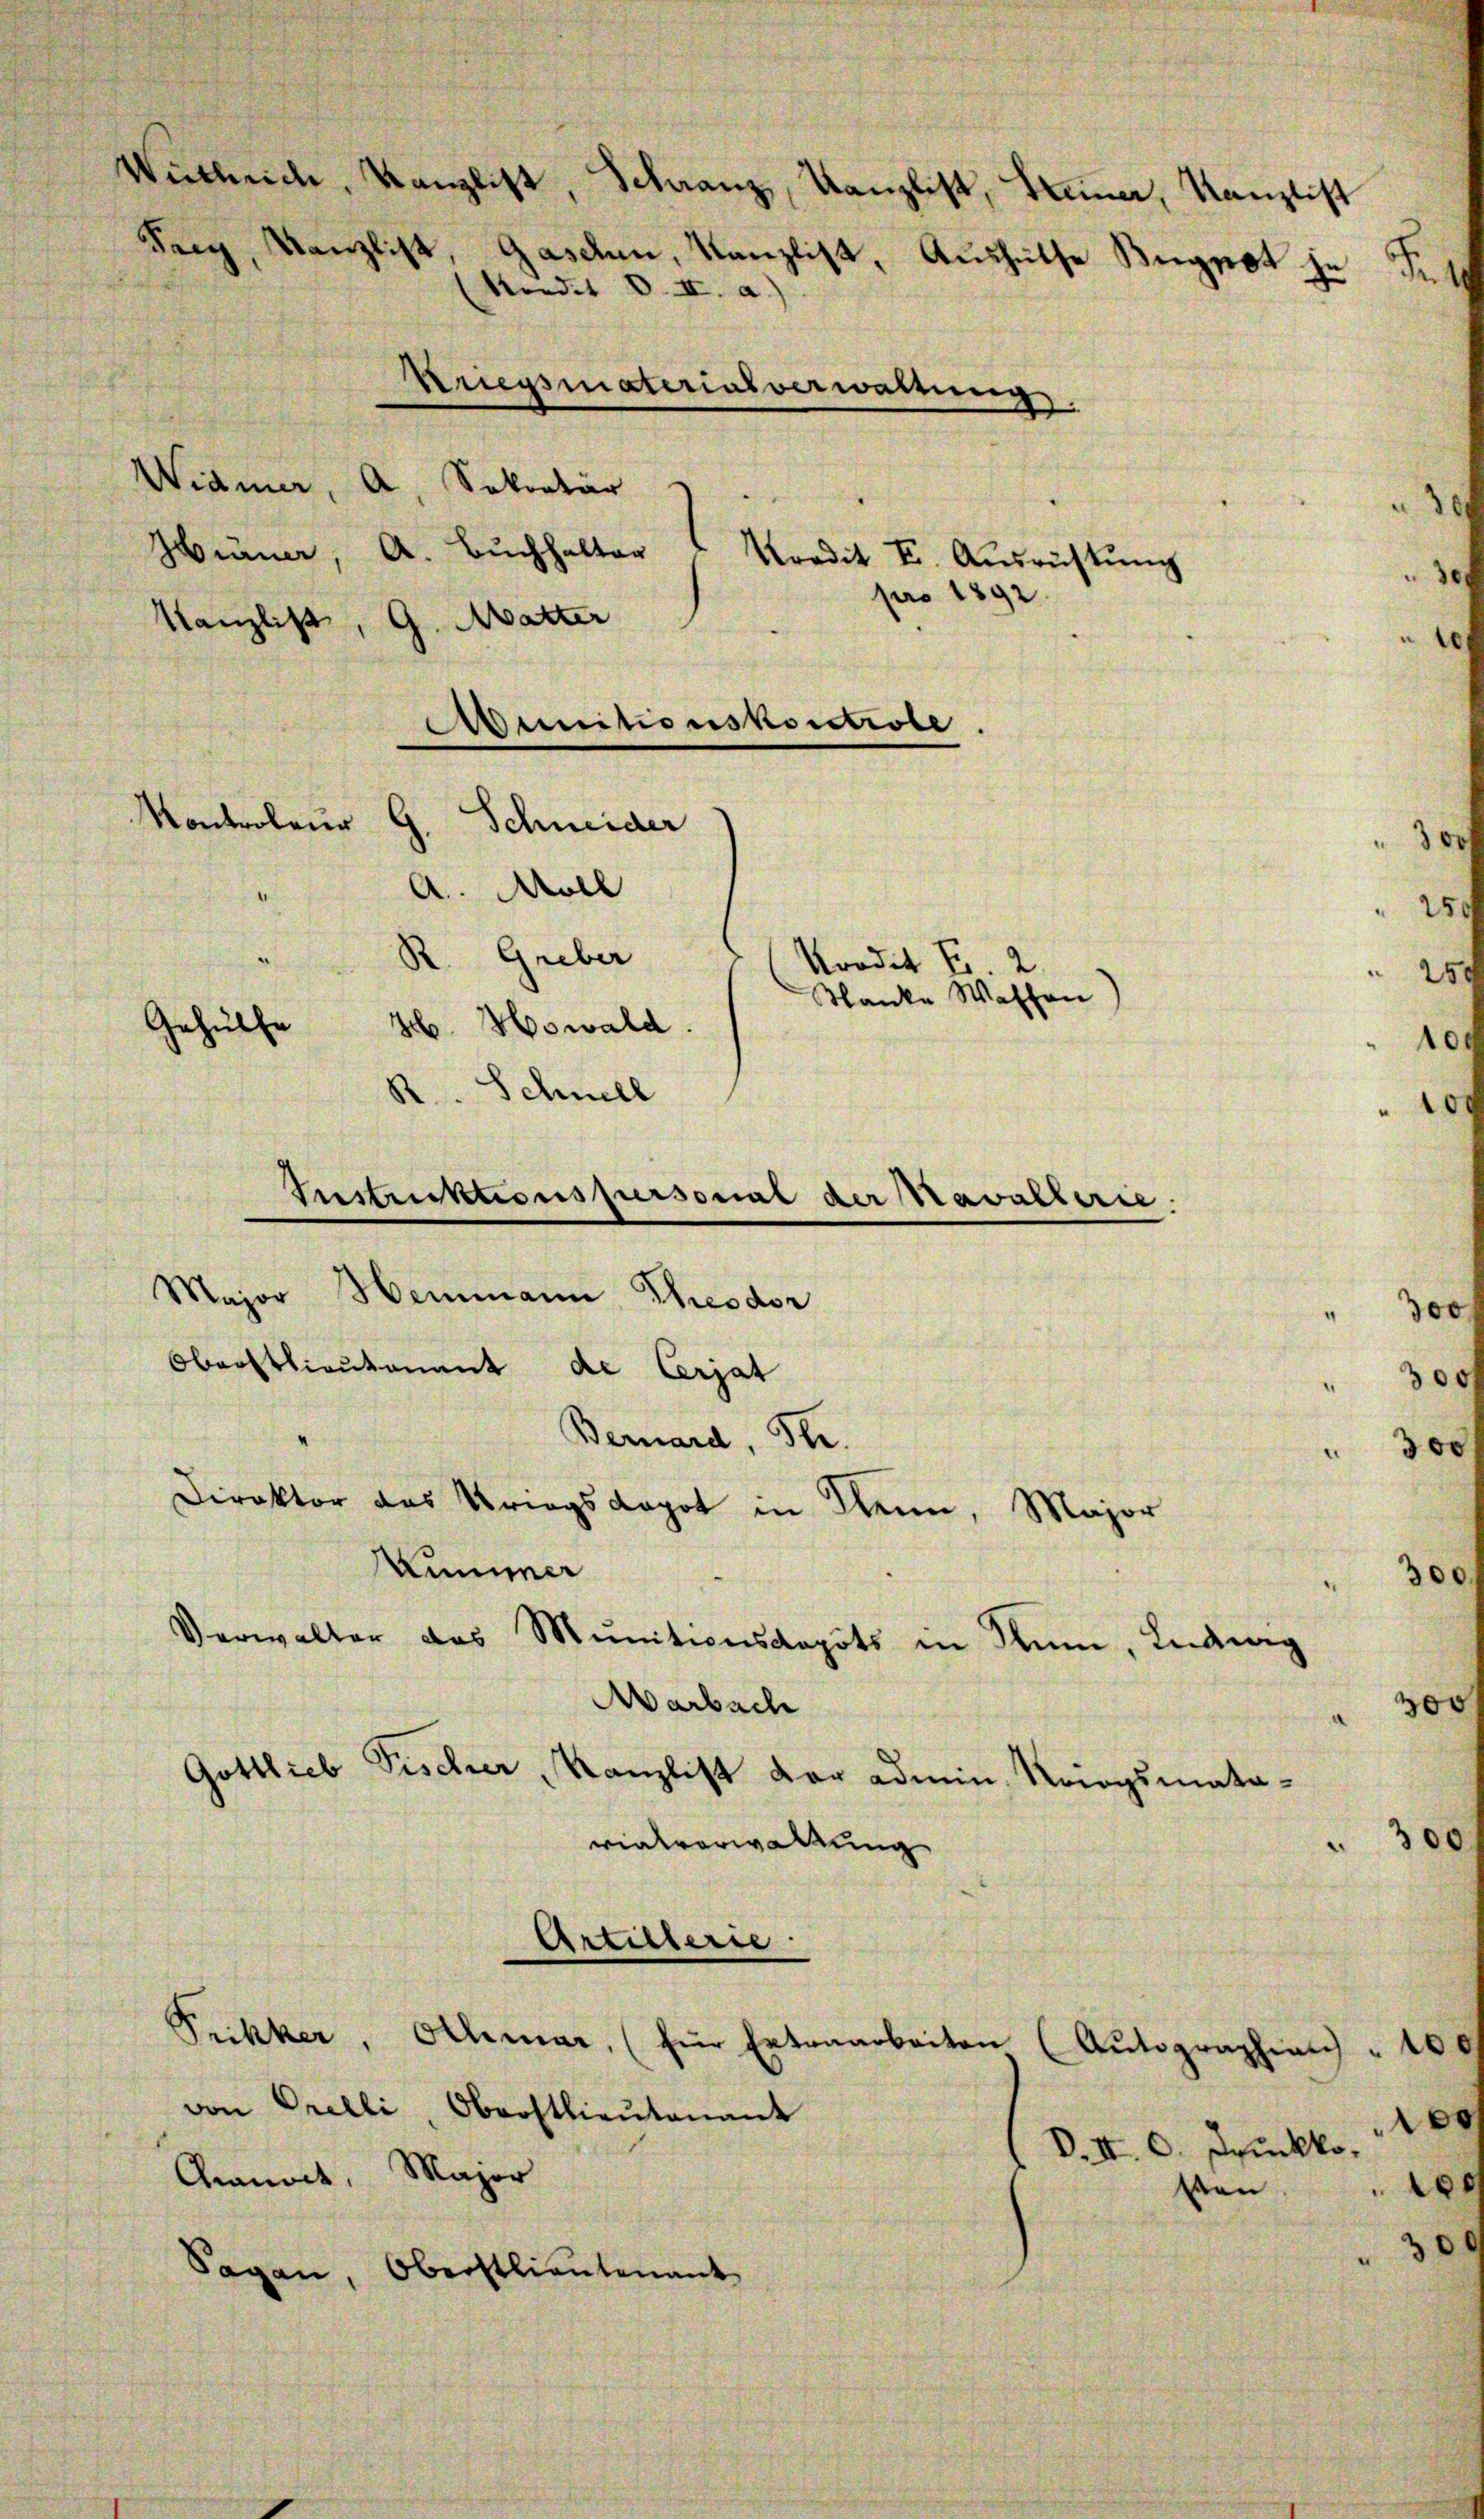
Frey, Kanzlist
Kondit d. II. a.

Kontroleur

Kriegsmateriasverwaltung.
Widmer
A
Sekretär
Hüner, A. Bŭchhalter "Predit I. Aŭsrichtŭng
pro 1892.
Kanzlist
G. Matter
Munitionskontrole.

)
Schneider
H. Howald.
R. Schnell
Major Heimann Theodor
Oberstlieutenant de Cerjat
Bernard, St.
Direktor des Kriegsdopot in Wenn, Major
Nummer
Verwalter das Munitionsdepots in Rum, Ludwig
Marbach
Gottlieb Fischer, Kanzlist dar admin, Kriegsmata-
vialverwaltung
Artillerie
Prikker, Othmar (für Extraarbeiten
von Orelli, Oberstlieutenant
Chamort, Major
Sagen, Oberstlieutenant

Gehülle

Wuthrich, Kanzlist, Schanz, Kanzlist, Heiner, Kanzlist

A. Moll
R. Greber

Krodet s
Wanke Wassen

Instruktionspursonne der Kavallerie

Gaschen, Kanzlist, Aushülfe Bugpot je Fut

Autographien 100
e
D. I. 6. Jeuckko
8
von

e

.

0

300

300
e

30